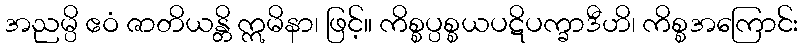
အညမ္ပိ ဧဝံ ဇာတိယန္တိ ဣမိနာ၊ ဖြင့်။ ကိစ္စပ္ပစ္စယပဋိပက္ခာဒီဟိ၊ ကိစ္စအကြောင်း